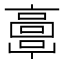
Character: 𩫖